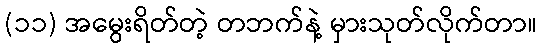
(၁၁) အမွေးရိတ်တဲ့ တဘက်နဲ့ မှားသုတ်လိုက်တာ။